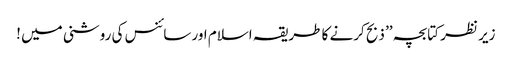
زیر نظر کتابچہ ’’ ذبح کرنے کا طریقہ اسلام اور سائنس کی روشنی میں !